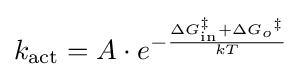
k_{\text{act}}=A\cdot e^{-{\frac {\Delta {G_{\text{in}}^{\ddagger }}+\Delta {G_{o}}^{\ddagger }}{kT}}}